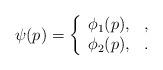
LaTeX: \begin{align*}\psi(p)= \left\{ \begin{array}{ll} \phi_1(p), & , \\ \phi_2 (p), &. \end{array} \right.\end{align*}